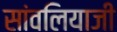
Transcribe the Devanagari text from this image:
सांवलियाजी